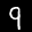
Label: 9